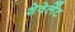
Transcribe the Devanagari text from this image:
शेवेर्लेट